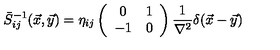
\bar { S } _ { i j } ^ { - 1 } ( \vec { x } , \vec { y } ) = \eta _ { i j } \left( \begin{array} { c c } { 0 } & { 1 } \\ { - 1 } & { 0 } \\ \end{array} \right) \frac { 1 } { \nabla ^ { 2 } } \delta ( \vec { x } - \vec { y } )